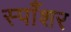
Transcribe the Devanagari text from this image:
स्पाँशर